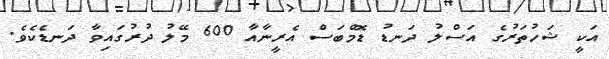
އަކީ ޝަހުތަރުގެ އަސްލު ދަނޑު ޑޮމްބަސް އެރީނާއާ 600 މޭލު ދުރުގައިވާ ދަނޑެކެވެ.